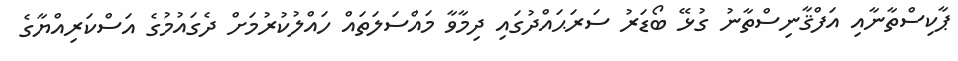
ޕާކިސްތާނާއި އަފްޤާނިސްތާނު ގުޅޭ ބޯޑަރު ސަރަޙައްދުގައި ދިމާވާ މައްސަލަތައް ހައްލުކުރުމަށް ދެގައުމުގެ އަސްކަރިއްޔާގެ